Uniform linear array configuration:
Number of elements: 48
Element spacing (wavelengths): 0.75
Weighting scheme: exponential
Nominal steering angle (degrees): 30
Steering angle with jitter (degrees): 30.443
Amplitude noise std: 0.05
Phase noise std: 0.05

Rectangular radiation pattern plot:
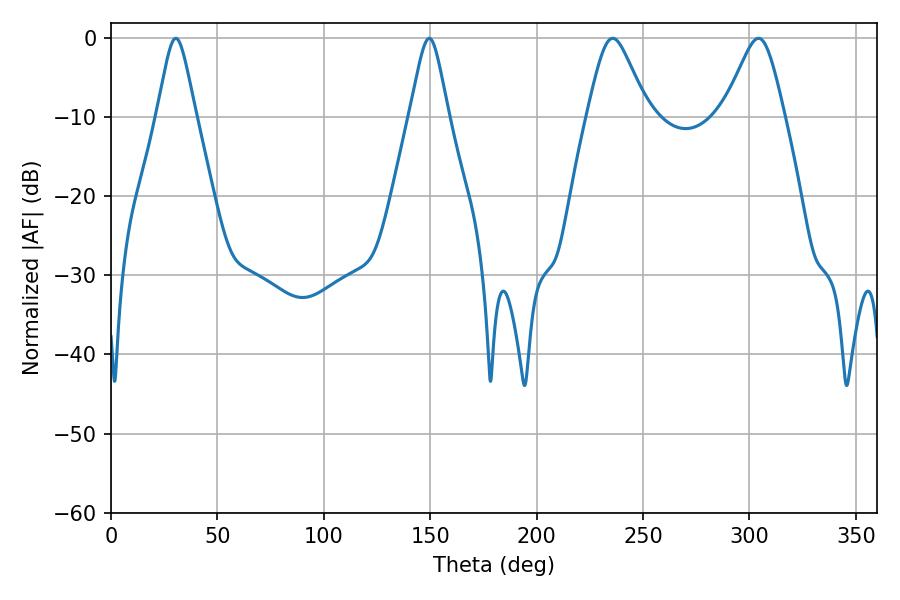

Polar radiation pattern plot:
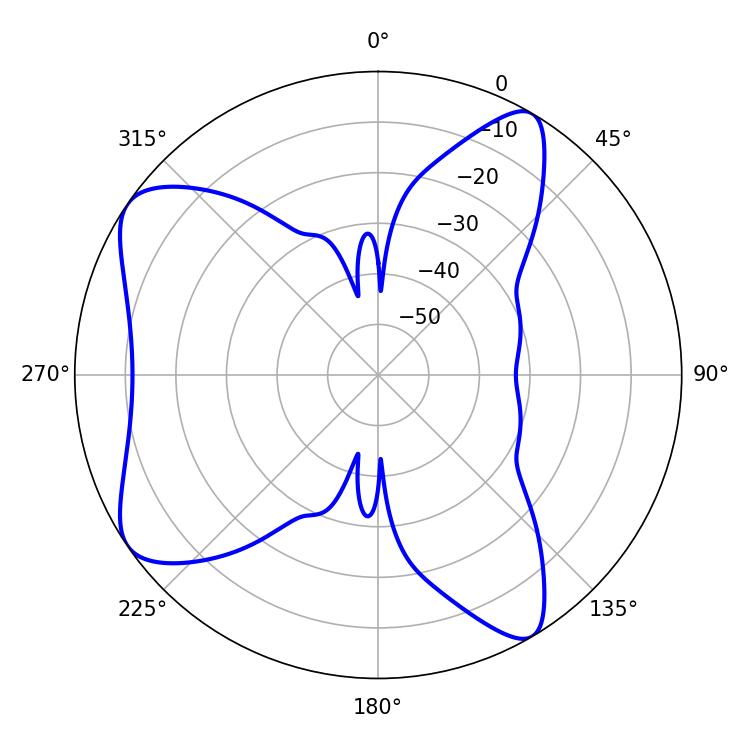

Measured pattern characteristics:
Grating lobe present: TRUE
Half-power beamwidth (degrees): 8.82
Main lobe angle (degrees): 30.42